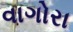
વાગોરા